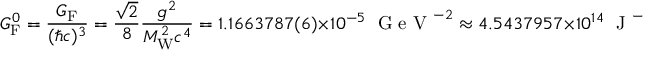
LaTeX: G _ { \mathrm { { F } } } ^ { 0 } = { \frac { G _ { \mathrm { { F } } } } { ( \hbar c ) ^ { 3 } } } = { \frac { \sqrt { 2 } } { 8 } } { \frac { g ^ { 2 } } { M _ { \mathrm { { W } } } ^ { 2 } c ^ { 4 } } } = 1 . 1 6 6 3 7 8 7 ( 6 ) \times 1 0 ^ { - 5 } \; { \textrm { G e V } } ^ { - 2 } \approx 4 . 5 4 3 7 9 5 7 \times 1 0 ^ { 1 4 } \; { \textrm { J } } ^ { - 2 } \ .